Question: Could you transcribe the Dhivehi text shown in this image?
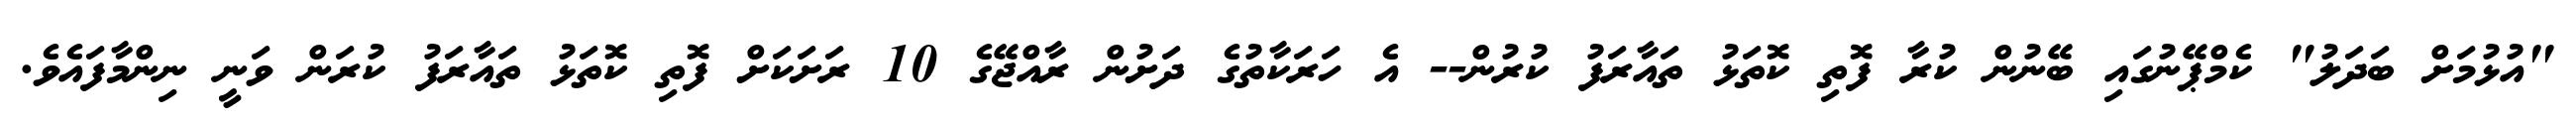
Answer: "އުޅުމަށް ބަދަލު" ކެމްޕޭނުގައި ބޭނުން ކުރާ ފޮތި ކޮތަޅު ތައާރަފު ކުރުން-- އެ ހަރަކާތުގެ ދަށުން ރާއްޖޭގެ 10 ރަށަކަށް ފޮތި ކޮތަޅު ތައާރަފު ކުރަން ވަނީ ނިންމާފައެވެ.